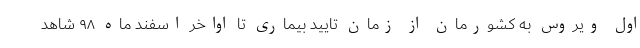
اول ویروس به کشورمان از زمان تایید بیماری تا اواخر اسفند ماه ۹۸ شاهد